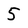
Character: 5